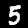
Digit: 5